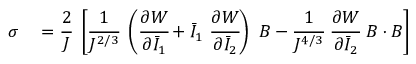
\begin{array} { r l } { { \boldsymbol { \sigma } } } & { { } = { \cfrac { 2 } { J } } ~ \left[ { \cfrac { 1 } { J ^ { 2 / 3 } } } ~ \left( { \cfrac { \partial W } { \partial { \bar { I } } _ { 1 } } } + { \bar { I } } _ { 1 } ~ { \cfrac { \partial W } { \partial { \bar { I } } _ { 2 } } } \right) ~ { \boldsymbol { B } } - { \cfrac { 1 } { J ^ { 4 / 3 } } } ~ { \cfrac { \partial W } { \partial { \bar { I } } _ { 2 } } } ~ { \boldsymbol { B } } \cdot { \boldsymbol { B } } \right] } \end{array}